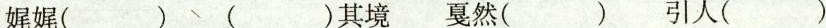
娓娓( ) ( )其境 戛然( ) 引人( )